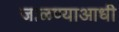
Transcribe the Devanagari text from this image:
जाळण्याआधी